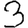
Digit: 3